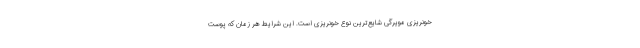
خونریزی مویرگی شایع‌ترین نوع خونریزی است. این شرایط هر زمان که پوست